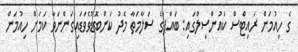
ގެ ހިއުމަން ރައިޓްސް ކައުންސިލްގައި: ބައްޕަގެ ސަލާމަތާ މެދު ކަންބޮޑުވެވަޑައިގަންނަވާ ކަމަށް ހިއުމަން